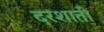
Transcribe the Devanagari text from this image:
दरशाती